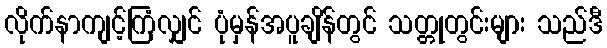
လိုက်နာကျင့်ကြံလျှင် ပုံမှန်အပူချိန်တွင် သတ္တုတွင်းများ သည်ဒီ